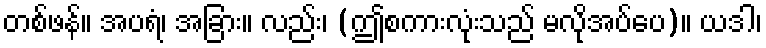
တစ်ဖန်။ အပရံ၊ အခြား။ လည်း၊ (ဤစကားလုံးသည် မလိုအပ်ပေ)။ ယဒါ၊